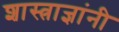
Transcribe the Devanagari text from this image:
शास्त्राज्ञांनी